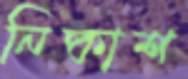
নিষ্কাশ